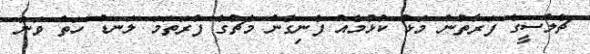
ޗެލްސީގެ ފަރާތުން މޮޅު ކުޅުމެއް ފެނިގެން މެޗުގެ ފުރަތަމަ ލަނޑު ހަތް ވަނަ